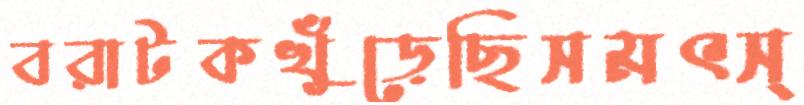
বরাটকখুঁড়েছিসমৎস্